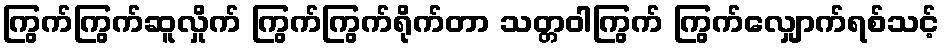
ကြွက်ကြွက်ဆူလှိုက် ကြွက်ကြွက်ရိုက်တာ သတ္တဝါကြွက် ကြွက်လျှောက်ရစ်သင့်